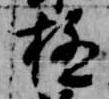
極